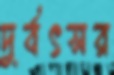
দুর্বৎসর